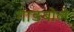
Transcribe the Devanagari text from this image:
गाडबोले